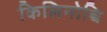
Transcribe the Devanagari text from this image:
किलिनोच्चि